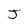
Character: J